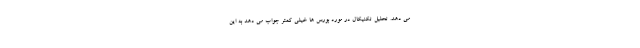
می دهد. تحلیل تکنیکال در مورد بورس ها خیلی کمتر جواب می دهد به این